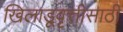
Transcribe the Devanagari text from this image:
खिलाडूवृत्तीसाठी